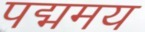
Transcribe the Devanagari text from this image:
पद्ममय